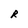
Character: R